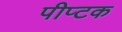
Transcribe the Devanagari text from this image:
पीप्टक